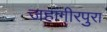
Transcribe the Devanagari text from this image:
जहांगीरपुरा